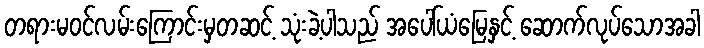
တရားမဝင်လမ်းကြောင်းမှတဆင့် သုံးခဲ့ပါသည် အပေါ်ယံမြေနှင့် ဆောက်လုပ်သောအခါ